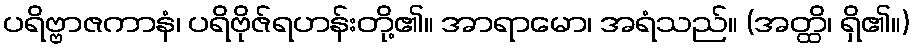
ပရိဗ္ဗာဇကာနံ၊ ပရိဗိုဇ်ရဟန်းတို့၏။ အာရာမော၊ အရံသည်။ (အတ္ထိ၊ ရှိ၏။)